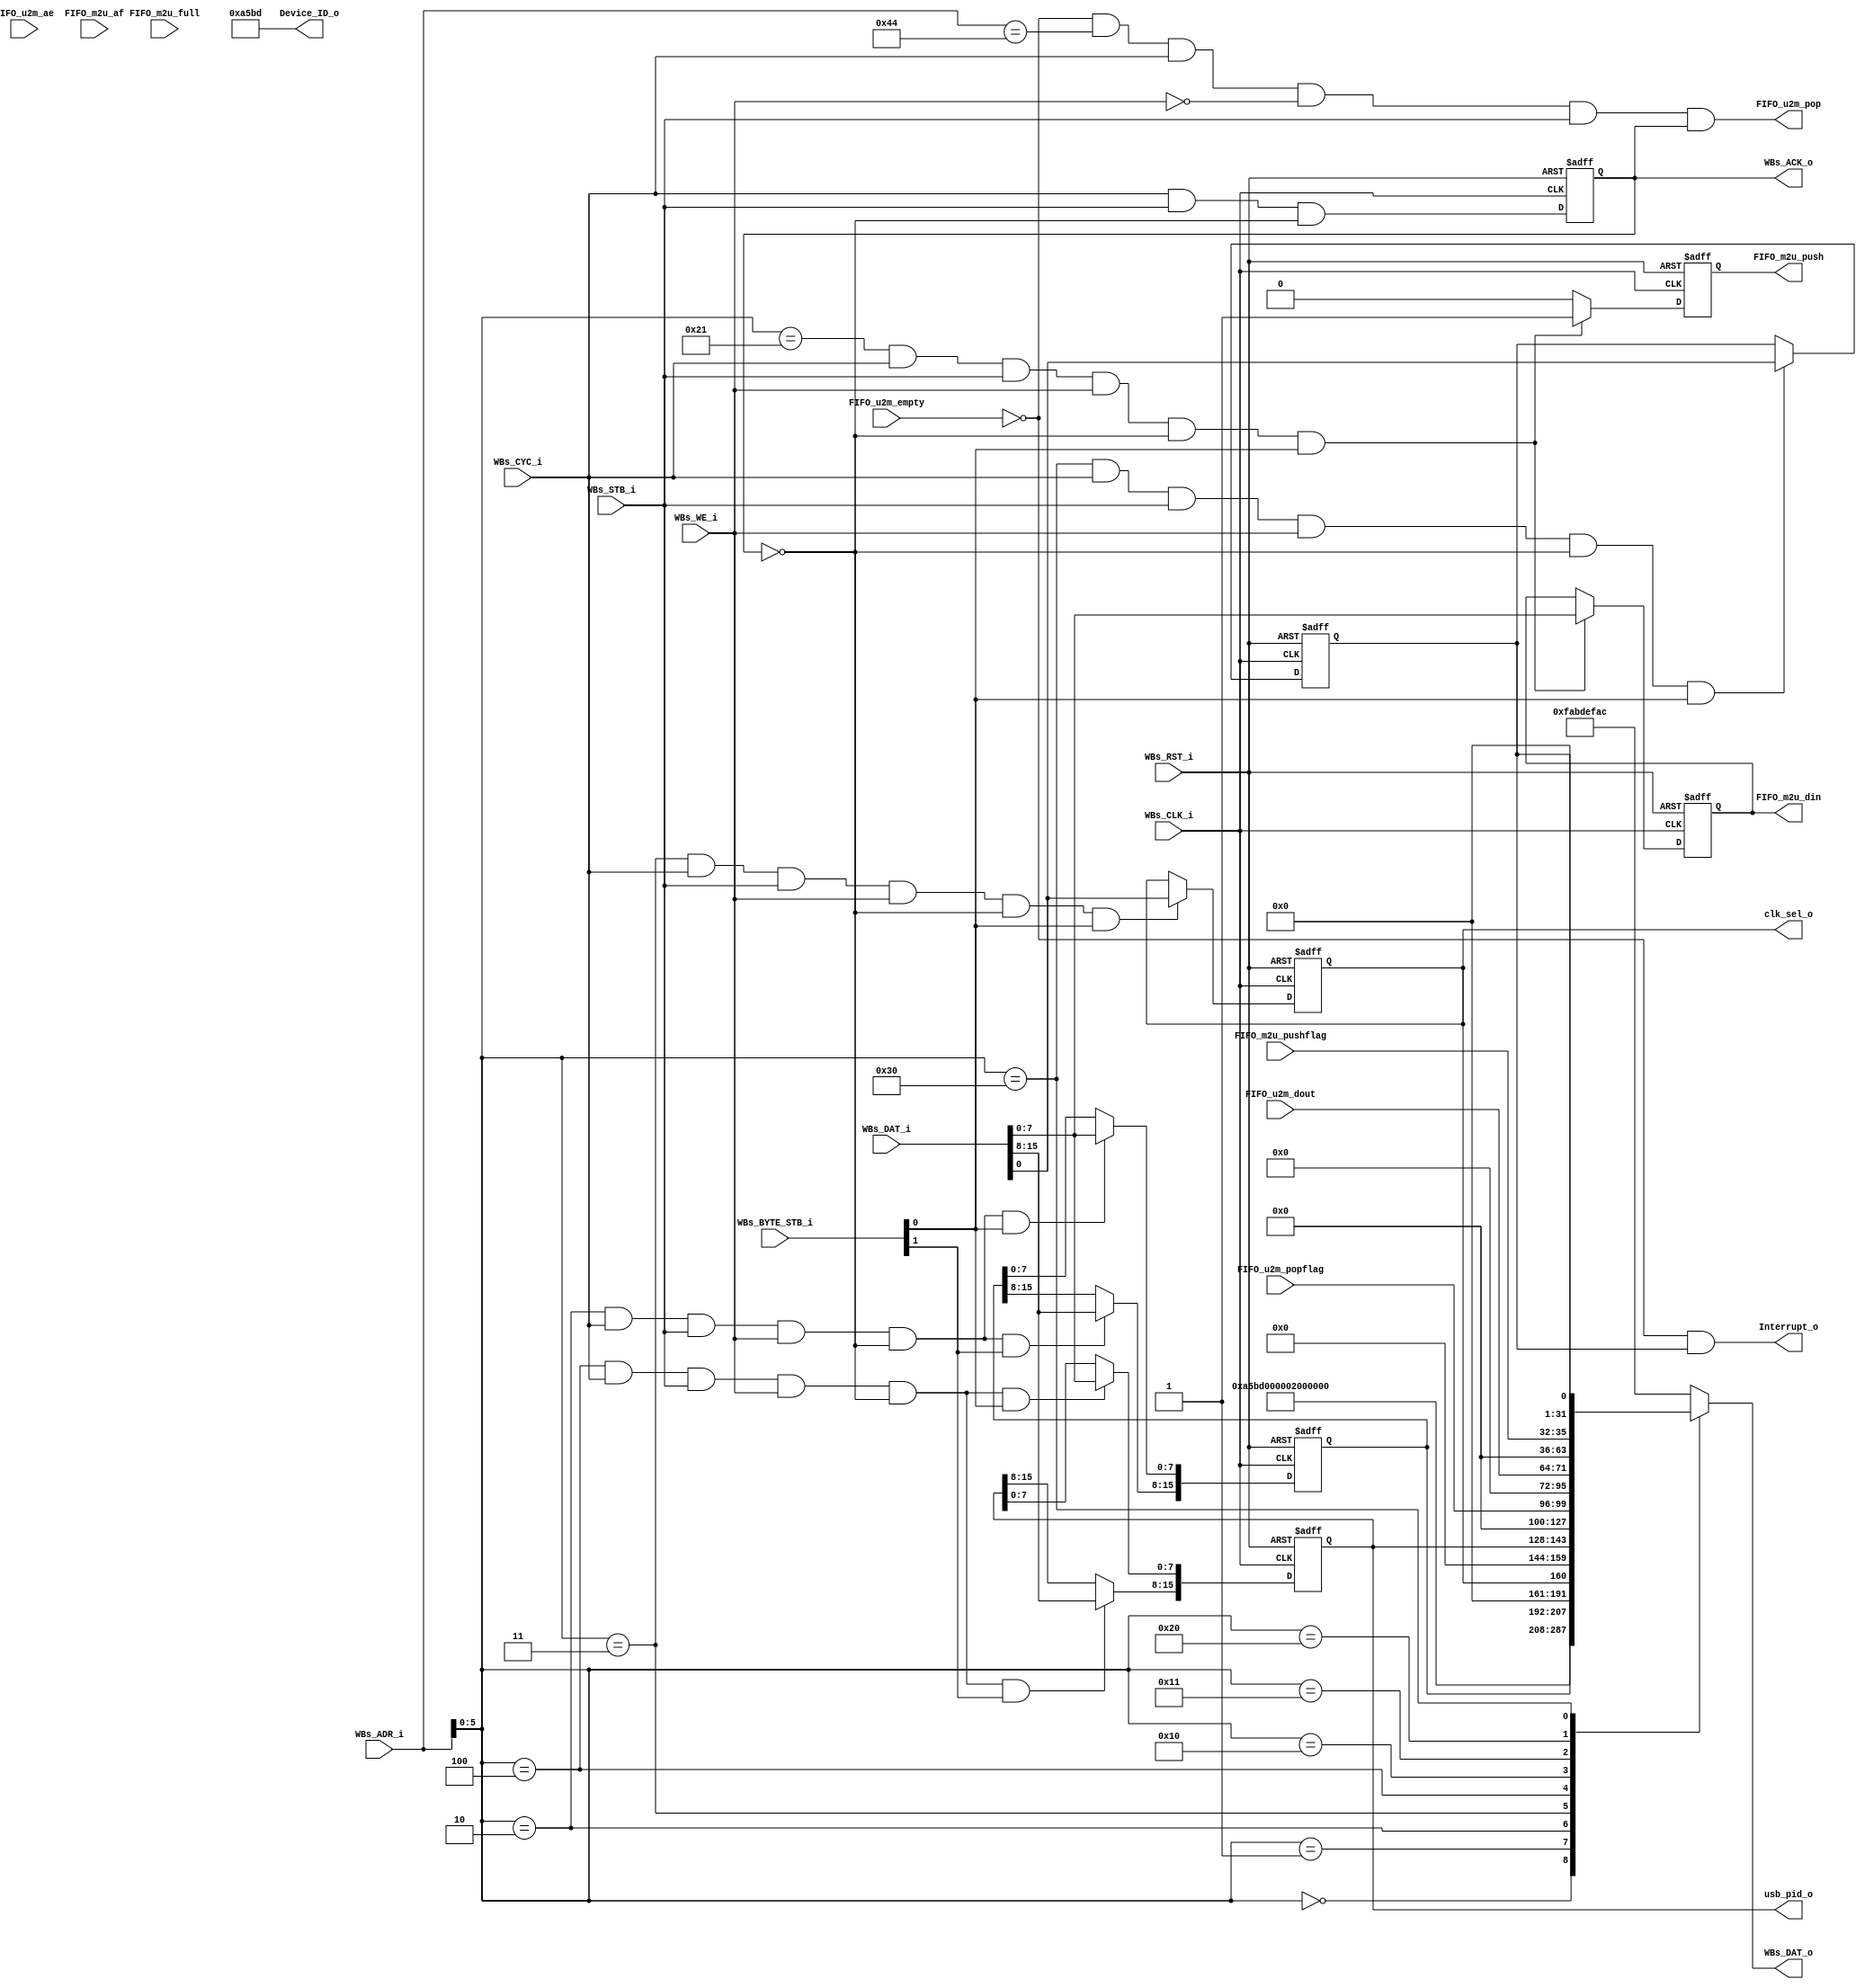
// -----------------------------------------------------------------------------
// title          : AL4S3B Example FPGA Register Module
// project        : Tamar2 Device
// -----------------------------------------------------------------------------
// company        : QuickLogic Corp
// last update    : 2016/02/03
// platform       : ArcticLink 4 S3B
// standard       : Verilog 2001
// -----------------------------------------------------------------------------
// description: The FPGA example IP design contains the essential logic for
//              interfacing the ASSP of the AL4S3B to registers and memory 
//              located in the programmable FPGA.
// -----------------------------------------------------------------------------
// copyright (c) 2016
// -----------------------------------------------------------------------------
// revisions  :
// date            version       author              description
// 2016/02/03      1.0        Rakesh Moolacheri     Initial Release
//
// -----------------------------------------------------------------------------
// Comments: This solution is specifically for use with the QuickLogic
//           AL4S3B device. 
// -----------------------------------------------------------------------------
//

`timescale 1ns / 10ps


module AL4S3B_FPGA_Registers ( 

                         // AHB-To_FPGA Bridge I/F
                         //
                         WBs_ADR_i,
                         WBs_CYC_i,
                         WBs_BYTE_STB_i,
                         WBs_WE_i,
                         WBs_STB_i,
                         WBs_DAT_i,
                         WBs_CLK_i,
                         WBs_RST_i,
                         WBs_DAT_o,
                         WBs_ACK_o,

                         // USB to M4 FIFO interface
                        FIFO_u2m_pop,
                        FIFO_u2m_dout,
                        FIFO_u2m_ae,
                        FIFO_u2m_empty,
                        FIFO_u2m_popflag,

                        // M4 to USB FIFO interface
                        FIFO_m2u_push,
                        FIFO_m2u_din,
                        FIFO_m2u_af,
                        FIFO_m2u_full,
                        FIFO_m2u_pushflag,

                        Interrupt_o,
                        clk_sel_o,
                        usb_pid_o,

                         //
                         // Misc
                         //
                         Device_ID_o
                         );


//------Port Parameters----------------
//

parameter                ADDRWIDTH                   =   7  ;   // Allow for up to 128 registers in the FPGA
parameter                DATAWIDTH                   =  32  ;   // Allow for up to 128 registers in the FPGA

parameter                FPGA_REG_ID_VALUE_ADR       =  10'h000;   // 0x00
parameter                FPGA_REV_NUM_ADR            =  10'h004;   // 0x04
parameter                FPGA_SCRATCH_REG_ADR        =  10'h008;   // 0x08
parameter                FPGA_CLKCTRL_REG_ADR        =  10'h00C;   // 0x0C
parameter                FPGA_USBPID_REG_ADR         =  10'h010;   // 0x10

// USB to M4, and M4 to USB registers
parameter                FPGA_U2M_FIFO_FLAGS        =  10'h040;
parameter                FPGA_U2M_FIFO_RDATA        =  10'h044;
parameter                FPGA_M2U_FIFO_FLAGS        =  10'h080;
parameter                FPGA_M2U_FIFO_WDATA        =  10'h084;
parameter                FPGA_U2M_FIFO_INT_EN       =  10'h0C0;

parameter                AL4S3B_DEF_REG_VALUE        = 32'hFAB_DEF_AC;


//------Port Signals-------------------
//

// AHB-To_FPGA Bridge I/F
//
input   [ADDRWIDTH-1:0]  WBs_ADR_i     ;  // Address Bus                to   FPGA
input                    WBs_CYC_i     ;  // Cycle Chip Select          to   FPGA
input             [3:0]  WBs_BYTE_STB_i;  // Byte Select                to   FPGA
input                    WBs_WE_i      ;  // Write Enable               to   FPGA
input                    WBs_STB_i     ;  // Strobe Signal              to   FPGA
input   [DATAWIDTH-1:0]  WBs_DAT_i     ;  // Write Data Bus             to   FPGA
input                    WBs_CLK_i     ;  // FPGA Clock               from FPGA
input                    WBs_RST_i     ;  // FPGA Reset               to   FPGA
output  [DATAWIDTH-1:0]  WBs_DAT_o     ;  // Read Data Bus              from FPGA
output                   WBs_ACK_o     ;  // Transfer Cycle Acknowledge from FPGA

// USB to M4 FIFO interface
output          FIFO_u2m_pop;
input   [7:0]   FIFO_u2m_dout;
input           FIFO_u2m_ae;
input           FIFO_u2m_empty;
input   [3:0]   FIFO_u2m_popflag;
                    
// M4 to USB FIFO interface
output          FIFO_m2u_push;
output  [7:0]   FIFO_m2u_din;
input           FIFO_m2u_af;
input           FIFO_m2u_full;
input   [3:0]   FIFO_m2u_pushflag;

output          Interrupt_o;
output          clk_sel_o;
output  [15:0]  usb_pid_o;

//
// Misc
//
output           [31:0]  Device_ID_o   ;


wire            clk_sel_o;
wire  [15:0]    usb_pid_o;

// FPGA Global Signals
//
wire                     WBs_CLK_i     ;  // Wishbone FPGA Clock
wire                     WBs_RST_i     ;  // Wishbone FPGA Reset

// Wishbone Bus Signals
//
wire    [ADDRWIDTH-1:0]  WBs_ADR_i     ;  // Wishbone Address Bus
wire                     WBs_CYC_i     ;  // Wishbone Client Cycle  Strobe (i.e. Chip Select)
wire              [3:0]  WBs_BYTE_STB_i;  // Wishbone Byte   Enables
wire                     WBs_WE_i      ;  // Wishbone Write  Enable Strobe
wire                     WBs_STB_i     ;  // Wishbone Transfer      Strobe
wire    [DATAWIDTH-1:0]  WBs_DAT_i     ;  // Wishbone Write  Data Bus
 
reg     [DATAWIDTH-1:0]  WBs_DAT_o     ;  // Wishbone Read   Data Bus

reg                      WBs_ACK_o     ;  // Wishbone Client Acknowledge

// Misc
//
wire              [31:0]  Device_ID_o;
wire              [31:0]  Rev_Num;

reg 			  [15:0] Scratch_reg;
reg               [7:0]  M2U_FIFO_WDATA_reg;
reg                      M2U_FIFO_WDATA_valid;
reg                      Interrupt_en;

reg                      clk_ctrl_reg;
reg             [15:0]   usb_pid_reg;

//------Define Parameters--------------
//

//
// None at this time
//

//------Internal Signals---------------
//
wire					 FB_SCRATCH_REG_Wr_Dcd;
wire                     M2U_FIFO_WDATA_WE;
wire                     INTERRUPT_EN_WE;
wire                     CLKCTRL_WE;
wire                     USBPID_WE;

wire					 WBs_ACK_o_nxt;


//------Logic Operations---------------

// Define the FPGA's local register write enables
//
assign FB_SCRATCH_REG_Wr_Dcd  = (WBs_ADR_i[ADDRWIDTH-2:0] == FPGA_SCRATCH_REG_ADR[ADDRWIDTH:2]) & WBs_CYC_i & WBs_STB_i & WBs_WE_i   & (~WBs_ACK_o);
assign M2U_FIFO_WDATA_WE = (WBs_ADR_i[ADDRWIDTH-2:0] == FPGA_M2U_FIFO_WDATA[ADDRWIDTH:2]) & WBs_CYC_i & WBs_STB_i & WBs_WE_i   & (~WBs_ACK_o);
assign INTERRUPT_EN_WE = (WBs_ADR_i[ADDRWIDTH-2:0] == FPGA_U2M_FIFO_INT_EN[ADDRWIDTH:2]) & WBs_CYC_i & WBs_STB_i & WBs_WE_i   & (~WBs_ACK_o);
assign CLKCTRL_WE = (WBs_ADR_i[ADDRWIDTH-2:0] == FPGA_CLKCTRL_REG_ADR[ADDRWIDTH:2]) & WBs_CYC_i & WBs_STB_i & WBs_WE_i   & (~WBs_ACK_o);
assign USBPID_WE = (WBs_ADR_i[ADDRWIDTH-2:0] == FPGA_USBPID_REG_ADR[ADDRWIDTH:2]) & WBs_CYC_i & WBs_STB_i & WBs_WE_i   & (~WBs_ACK_o);

// Define the Acknowledge back to the host for registers
//
assign WBs_ACK_o_nxt          =   WBs_CYC_i & WBs_STB_i & (~WBs_ACK_o);


// Define the FPGA's Local Registers
//
always @( posedge WBs_CLK_i or posedge WBs_RST_i)
begin
    if (WBs_RST_i)
    begin
		Scratch_reg <=  16'h0 ; 
        M2U_FIFO_WDATA_reg <= 0;
        M2U_FIFO_WDATA_valid <= 0;
        WBs_ACK_o   <=  1'b0  ;
        Interrupt_en <= 1'b0;
        clk_ctrl_reg <= 0;
        usb_pid_reg <= 16'h6140;
    end  
    else
    begin
	
		if(FB_SCRATCH_REG_Wr_Dcd && WBs_BYTE_STB_i[0])
			Scratch_reg[7:0]   <= WBs_DAT_i[7:0]  ;

        if(FB_SCRATCH_REG_Wr_Dcd && WBs_BYTE_STB_i[1])
			Scratch_reg[15:8]  <= WBs_DAT_i[15:8] ;

		if(CLKCTRL_WE && WBs_BYTE_STB_i[0])
            clk_ctrl_reg <= WBs_DAT_i[0];

		if(USBPID_WE && WBs_BYTE_STB_i[0])
            usb_pid_reg[7:0] <= WBs_DAT_i[7:0];

		if(USBPID_WE && WBs_BYTE_STB_i[1])
            usb_pid_reg[15:8] <= WBs_DAT_i[15:8];

        if (M2U_FIFO_WDATA_WE && WBs_BYTE_STB_i[0]) begin
            M2U_FIFO_WDATA_reg <= WBs_DAT_i[7:0];
            M2U_FIFO_WDATA_valid <= 1;
        end else begin
            M2U_FIFO_WDATA_reg <= M2U_FIFO_WDATA_reg;
            M2U_FIFO_WDATA_valid <= 0;
        end

        if (INTERRUPT_EN_WE && WBs_BYTE_STB_i[0])
            Interrupt_en <= WBs_DAT_i[0];

        WBs_ACK_o  <=  WBs_ACK_o_nxt  ;
    end  
end

assign FIFO_m2u_push = M2U_FIFO_WDATA_valid;
assign FIFO_m2u_din = M2U_FIFO_WDATA_reg;
assign FIFO_u2m_pop = (!FIFO_u2m_empty && (WBs_ADR_i == FPGA_U2M_FIFO_RDATA) && WBs_CYC_i && !WBs_WE_i && WBs_STB_i && WBs_ACK_o);

assign Device_ID_o = 32'h0000A5BD;
assign Rev_Num     = 32'h00000200;

// Define the how to read the local registers and memory
//
always @(*)
 begin
    case(WBs_ADR_i[ADDRWIDTH-2:0])
    FPGA_REG_ID_VALUE_ADR[ADDRWIDTH:2]    : WBs_DAT_o <= Device_ID_o;
    FPGA_REV_NUM_ADR[ADDRWIDTH:2]         : WBs_DAT_o <= Rev_Num;  
    FPGA_SCRATCH_REG_ADR[ADDRWIDTH:2]     : WBs_DAT_o <= { 16'h0, Scratch_reg }; 
    FPGA_CLKCTRL_REG_ADR[ADDRWIDTH:2]     : WBs_DAT_o <= { 31'h0, clk_ctrl_reg }; 
    FPGA_USBPID_REG_ADR[ADDRWIDTH:2]      : WBs_DAT_o <= { 16'h0, usb_pid_reg }; 
    FPGA_U2M_FIFO_FLAGS[ADDRWIDTH:2]      : WBs_DAT_o <= { 28'b0, FIFO_u2m_popflag };
    FPGA_U2M_FIFO_RDATA[ADDRWIDTH:2]      : WBs_DAT_o <= { 24'b0, FIFO_u2m_dout };
    FPGA_M2U_FIFO_FLAGS[ADDRWIDTH:2]      : WBs_DAT_o <= { 28'b0, FIFO_m2u_pushflag };
    FPGA_U2M_FIFO_INT_EN[ADDRWIDTH:2]     : WBs_DAT_o <= { 31'b0, Interrupt_en };
    default                               : WBs_DAT_o <= AL4S3B_DEF_REG_VALUE;
	endcase
end

assign Interrupt_o = (!FIFO_u2m_empty && Interrupt_en);
assign clk_sel_o = clk_ctrl_reg;
assign usb_pid_o = usb_pid_reg;

endmodule